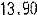
13.90